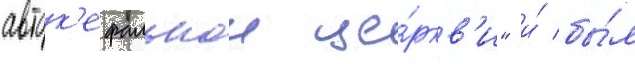
авток'ефальнои це́ркв'и" и́ бы́л